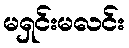
မရှင်းမလင်း